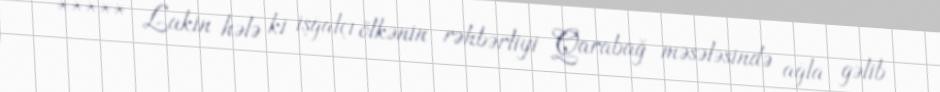
***** Lakin hələ ki işğalçı ölkənin rəhbərliyi Qarabağ məsələsində ağla gəlib